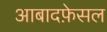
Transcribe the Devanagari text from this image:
आबादफ़ेसल